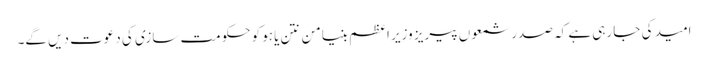
امید کی جا رہی ہے کہ صدر شمعوں پیریز وزیر اعظم بنیامن نتن یاہو کو حکومت سازی کی دعوت دیں گے۔